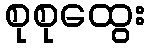
စုစုထွေး